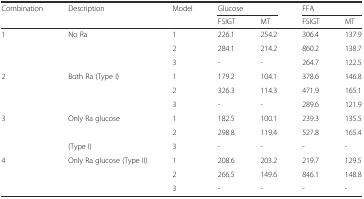
| <ROWSPAN=2> Combination | <ROWSPAN=2> Description | <ROWSPAN=2> Model | <COLSPAN=2> Glucose | <COLSPAN=2> FFA |
 | FSIGT | MT | FSIGT | MT |
 | --- | --- | --- | --- | --- | --- | --- |
 | <ROWSPAN=3> 1 | <ROWSPAN=3> No Ra | 1 | 226.1 | 254.2 | 306.4 | 137.9 |
 | 2 | 284.1 | 214.2 | 860.2 | 138.7 |
 | 3 | - | - | 264.7 | 122.5 |
 | <ROWSPAN=3> 2 | <ROWSPAN=3> Both Ra (Type I) | 1 | 179.2 | 104.1 | 378.6 | 146.8 |
 | 2 | 326.3 | 114.3 | 471.9 | 165.1 |
 | 3 | - | - | 289.6 | 121.9 |
 | <ROWSPAN=3> 3 | <ROWSPAN=2> Only Ra glucose | 1 | 182.5 | 100.1 | 239.3 | 135.5 |
 | 2 | 298.8 | 119.4 | 527.8 | 165.4 |
 | (Type I) | 3 | - | - | - | - |
 | <ROWSPAN=3> 4 | <ROWSPAN=3> Only Ra glucose (Type II) | 1 | 208.6 | 203.2 | 219.7 | 129.5 |
 | 2 | 266.5 | 149.6 | 846.1 | 148.8 |
 | 3 | - | - | - | - |